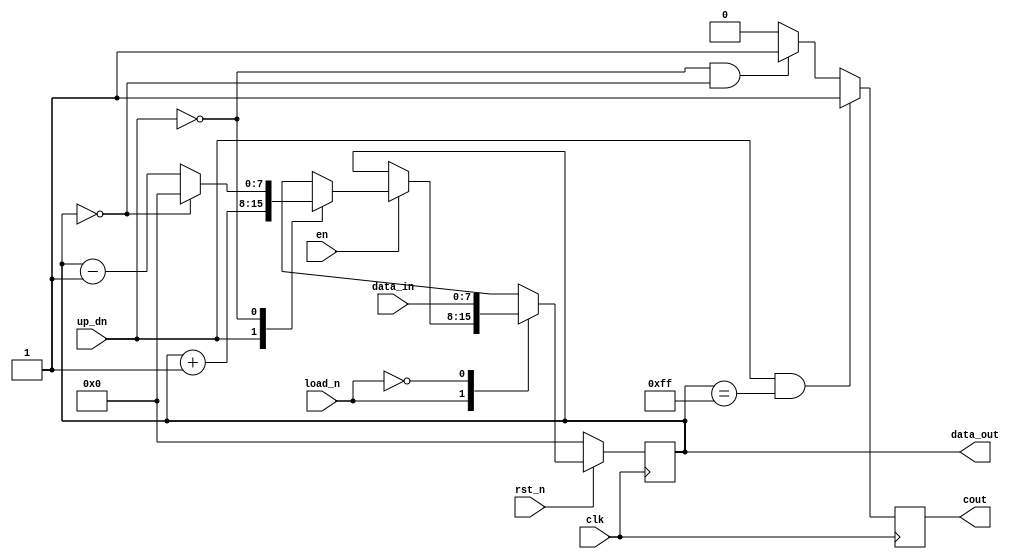
//***************************************************************************//
//***************************************************************************//
//***************************************************************************//
//**************                                          *******************//
//**************                                          *******************//
//**************      (c) SASIC Technologies Pvt Ltd      *******************//
//**************          (c) Verilogic Solutions         *******************//
//**************                                          *******************//
//**************                                          *******************//
//**************                                          *******************//
//**************           www.sasictek.com               *******************//
//**************          www.verilog-ic.com              *******************//
//**************                                          *******************//
//**************           Twitter:@sasictek              *******************//
//**************                                          *******************//
//**************                                          *******************//
//**************                                          *******************//
//***************************************************************************//
//***************************************************************************//


//              File Type: Verilog                                 

                             
//***************************************************************************//
//***************************************************************************//
                             

//              Author:
//              Reviewer:
//              Manager:
                             

//***************************************************************************//
//***************************************************************************//
//
`define WIDTH 8
module up_down_counter(input clk,
											 input rst_n,
										 	 input en,
											 input load_n,
										 	 input up_dn,
										 	 input [`WIDTH-1:0]data_in,
											 output reg cout,
										 	 output reg [`WIDTH-1:0]data_out);
	always @(posedge clk)
		begin//:always_blocks
			if(!rst_n)
				begin//:reset_block
					data_out<=1'b0;
				end//:end_reset
			else
				begin:else_blk
					case(load_n)								//enable_case
						1'b1:
								case(en)
									1'b1://case_updn
										case(up_dn)			//updn_case
											1'b1:
												begin:up_dn1_blk
													data_out<=data_out+1'b1;
												end	//up_dn1_blk
											1'b0:
												begin:up_dn0_blk
													if(data_out == 1'b0)
														begin:dn_least
															data_out<=1'b0;
														end	//dn_least
														else
															begin:data_out_not0
																data_out<=data_out-1'b1;
															end	//data_out_not0
												end	//up_dn0_blk
											default:
												begin:updn_default_blk
													data_out<=data_out;
												end	//default_blk
										endcase	//updn_case
									default:
										begin:en_def_blk
											data_out<=data_out;
										end	//en_def_blk
							endcase		//case_enable
					1'b0:
						begin:load0_blk
							data_out<=data_in;
						end	//load0_blk
					default:
							begin:en_1
								data_out<=data_out;
							end
					endcase								//load_case
				end
			end
	 always@(posedge clk)
	 	begin:alwys_blk
			if((up_dn==1'b1) && (data_out=='d255))
				begin:if_blk
					cout<=1'b1;
				end	//if_blk
			else if((up_dn==1'b0) && (data_out=='b0))
				begin:els_blk
					cout<=1'b1;
				end	//els_blk
			else
				begin:else_blk
					cout<=1'b0;
				end	//else_blk
		end	//alwys_blk
endmodule